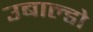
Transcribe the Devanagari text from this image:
उबाल्डो